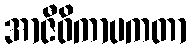
အာဇီဝိကာပကတာ